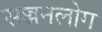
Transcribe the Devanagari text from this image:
सज्जनलोग